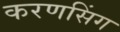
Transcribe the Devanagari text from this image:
करणसिंग